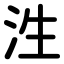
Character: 泩